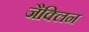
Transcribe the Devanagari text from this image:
जैक्लिन